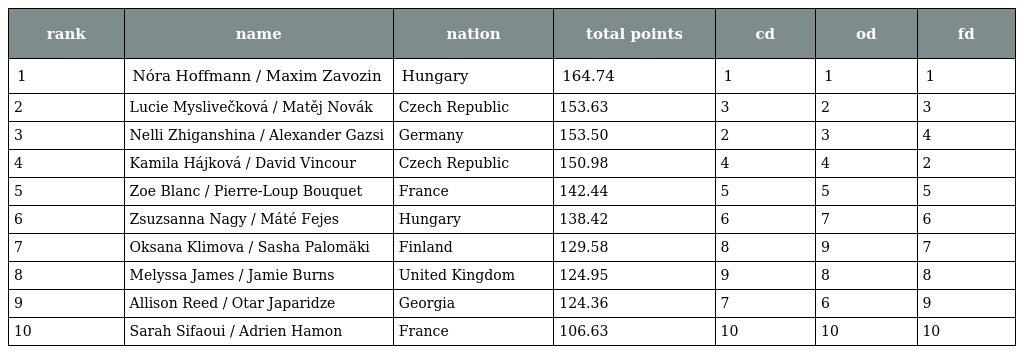
| rank | name | nation | total points | cd | od | fd |
 | --- | --- | --- | --- | --- | --- | --- |
 | 1 | Nóra Hoffmann / Maxim Zavozin | Hungary | 164.74 | 1 | 1 | 1 |
 | 2 | Lucie Myslivečková / Matěj Novák | Czech Republic | 153.63 | 3 | 2 | 3 |
 | 3 | Nelli Zhiganshina / Alexander Gazsi | Germany | 153.50 | 2 | 3 | 4 |
 | 4 | Kamila Hájková / David Vincour | Czech Republic | 150.98 | 4 | 4 | 2 |
 | 5 | Zoe Blanc / Pierre-Loup Bouquet | France | 142.44 | 5 | 5 | 5 |
 | 6 | Zsuzsanna Nagy / Máté Fejes | Hungary | 138.42 | 6 | 7 | 6 |
 | 7 | Oksana Klimova / Sasha Palomäki | Finland | 129.58 | 8 | 9 | 7 |
 | 8 | Melyssa James / Jamie Burns | United Kingdom | 124.95 | 9 | 8 | 8 |
 | 9 | Allison Reed / Otar Japaridze | Georgia | 124.36 | 7 | 6 | 9 |
 | 10 | Sarah Sifaoui / Adrien Hamon | France | 106.63 | 10 | 10 | 10 |